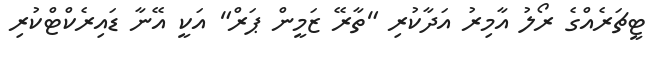
ޓީޗަރެއްގެ ރޯލު އާމިރު އަދާކުރި "ތާރޭ ޒަމީން ޕަރް" އަކީ އޭނާ ޑައިރެކްޓްކުރި